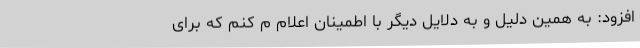
افزود: به همین دلیل و به دلایل دیگر با اطمینان اعلام م‌ کنم که برای